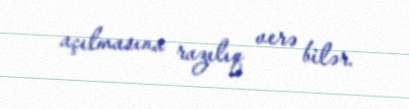
açılmasına razılıq verə bilər.